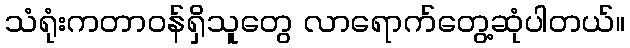
သံရုံးကတာဝန်ရှိသူတွေ လာရောက်တွေ့ဆုံပါတယ်။